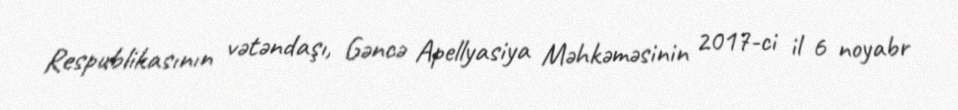
Respublikasının vətəndaşı, Gəncə Apellyasiya Məhkəməsinin 2017-ci il 6 noyabr